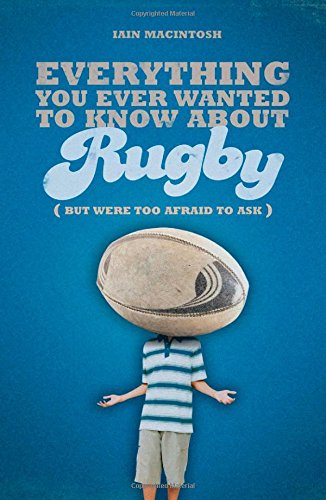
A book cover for Everything You Ever Wanted to Know About Rugby But Were Too Afraid to Ask; Iain Macintosh; Sports & Outdoors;